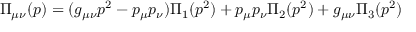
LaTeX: \Pi _ { \mu \nu } ( p ) = ( g _ { \mu \nu } p ^ { 2 } - p _ { \mu } p _ { \nu } ) \Pi _ { 1 } ( p ^ { 2 } ) + p _ { \mu } p _ { \nu } \Pi _ { 2 } ( p ^ { 2 } ) + g _ { \mu \nu } \Pi _ { 3 } ( p ^ { 2 } )